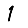
Digit: 1